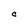
Character: C